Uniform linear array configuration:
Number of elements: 8
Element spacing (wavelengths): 0.25
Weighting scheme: uniform
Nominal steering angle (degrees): -45
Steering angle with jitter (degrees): -43.786
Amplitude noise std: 0.05
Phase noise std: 0.05

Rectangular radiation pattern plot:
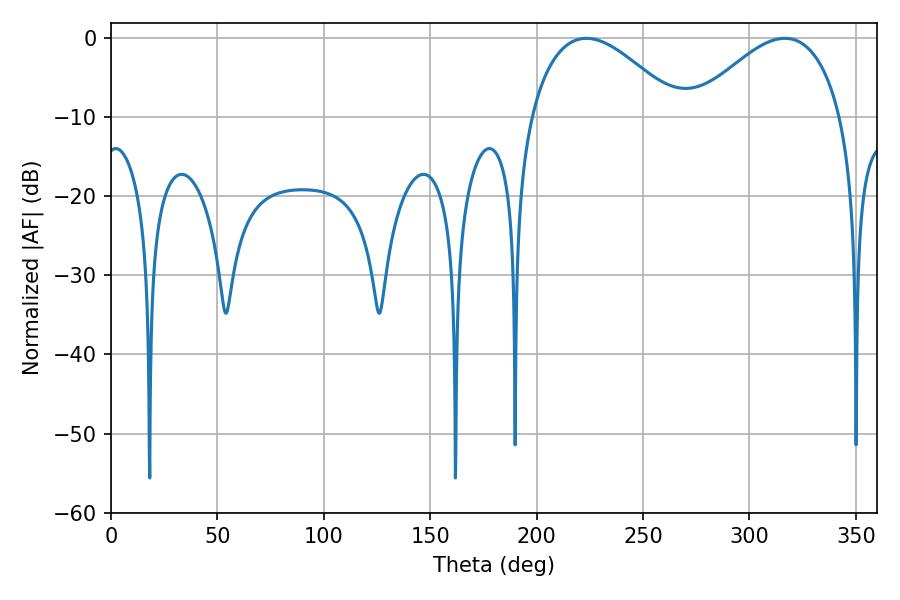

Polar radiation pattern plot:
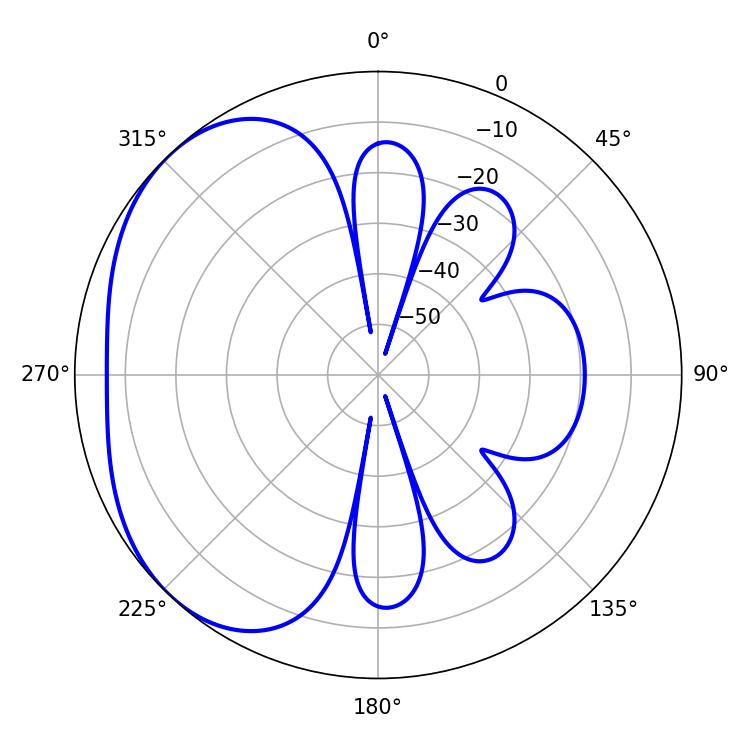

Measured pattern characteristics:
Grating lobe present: FALSE
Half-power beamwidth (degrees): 38.16
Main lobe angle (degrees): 223.38